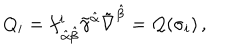
Q _ { i } = f _ { \, \hat { \alpha } \hat { \beta } } ^ { i } \tilde { \gamma } ^ { \hat { \alpha } } \tilde { \nabla } ^ { \hat { \beta } } = { \cal Q } ( \sigma _ { i } ) \, ,